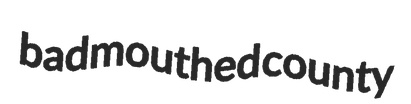
badmouthed county